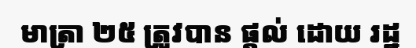
មាត្រា ២៥ ត្រូវបាន ផ្តល់ ដោយ រដ្ឋ